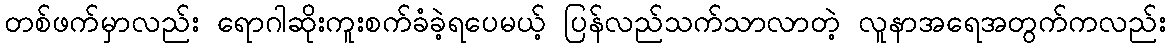
တစ်ဖက်မှာလည်း ရောဂါဆိုးကူးစက်ခံခဲ့ရပေမယ့် ပြန်လည်သက်သာလာတဲ့ လူနာအရေအတွက်ကလည်း